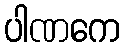
ပါဏကေ